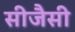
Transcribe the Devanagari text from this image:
सीजैसी